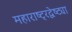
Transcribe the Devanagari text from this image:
महाराष्ट्रद्वेष्ट्या